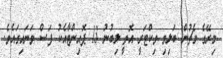
މިރޭގެ މެޗުން ބަލިވި ވިކްޓަރީ އޮތީ ލިބުނު 13 ޕޮއިންޓާއެކު ފަސް ވަނައިގައެވެ.